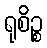
ရုစိဉ္စ